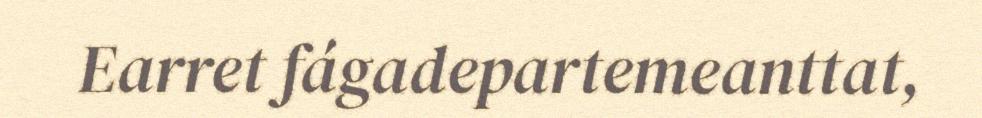
Earret fágadepartemeanttat,